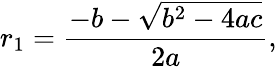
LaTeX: r_{1}={\frac{-b-{\sqrt{b^{2}-4ac}}}{2a}},